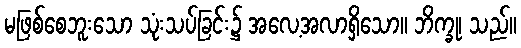
မဖြစ်စေဘူးသော သုံးသပ်ခြင်း၌ အလေ့အလာရှိသော။ ဘိက္ခု၊ သည်။